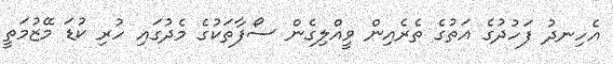
އެހިނދު ފަހުދުގެ އަތުގެ ތެރެއިން ވީއްލިގެން ސޯފާތަކުގެ މެދުގައި ހުރި ކުޑަ މޭޒުމަތީ